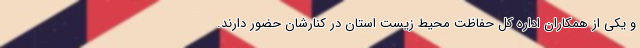
و یکی از همکاران اداره کل حفاظت محیط زیست استان در کنارشان حضور دارند.